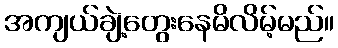
အကျယ်ချဲ့တွေးနေမိလိမ့်မည်။